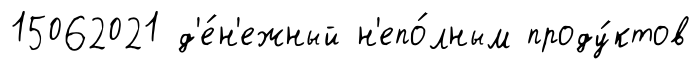
15062021 д'е́н'ежный н'епо́лным проду́ктов